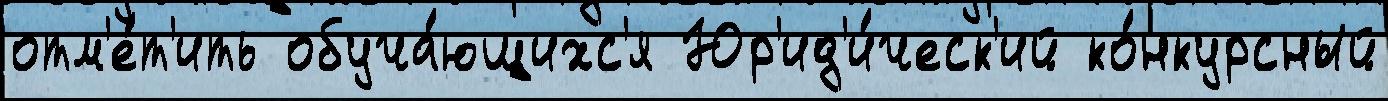
отм'е́т'ить обуча́ющихс'я Юр'ид'и́ческ'ий ко́нкурсный